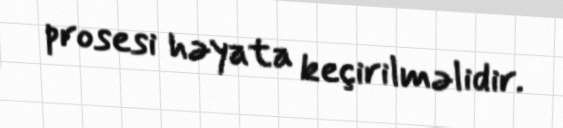
prosesi həyata keçirilməlidir.